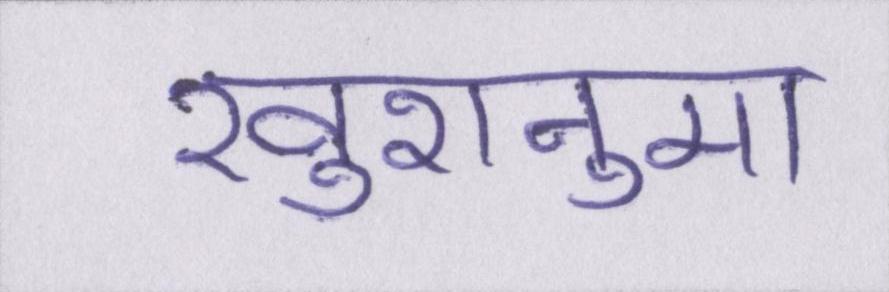
खुशनुमा